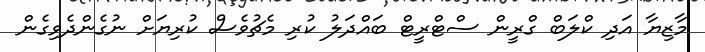
މާޒިޔާ އަދި ކްލަބް ގްރީން ސްޓްރީޓް ބައްދަލު ކުރި މެޗުވެސް ކުރިޔަށް ނުގެންދެވިގެން